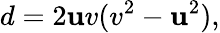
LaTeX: d=2\mathbf{u}v(v^{2}-\mathbf{u}^{2}),